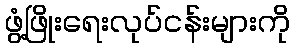
ဖွံ့ဖြိုးရေးလုပ်ငန်းများကို